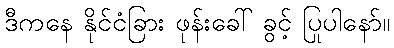
ဒီကနေ နိုင်ငံခြား ဖုန်းခေါ် ခွင့် ပြုပါနော်။